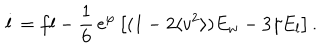
LaTeX: \dot { l } = f l - \frac { 1 } { 6 } \, \mathrm { e } ^ { \varphi } \left[ ( 1 - 2 \langle v ^ { 2 } \rangle ) E _ { w } - 3 \gamma E _ { l } \right] .